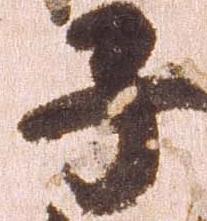
子